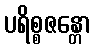
ပရိစ္စဇန္တော